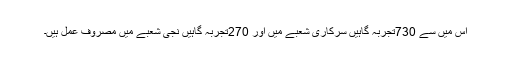
اس میں سے 730تجربہ گاہیں سرکاری شعبے میں اور 270تجربہ گاہیں نجی شعبے میں مصروف عمل ہیں۔